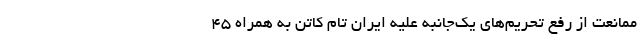
ممانعت از رفع تحریم‌های یک‌جانبه علیه ایران تام کاتن به همراه ۴۵